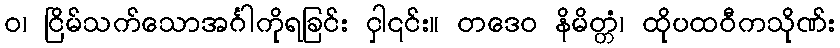
ဝ၊ ငြိမ်သက်သောအင်္ဂါကိုရခြင်း ငှါ၎င်း။ တဒေဝ နိမိတ္တံ၊ ထိုပထဝီကသိုဏ်း